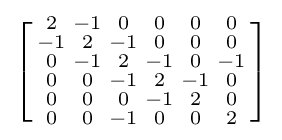
\left[{\begin{smallmatrix}2&-1&0&0&0&0\\-1&2&-1&0&0&0\\0&-1&2&-1&0&-1\\0&0&-1&2&-1&0\\0&0&0&-1&2&0\\0&0&-1&0&0&2\end{smallmatrix}}\right]